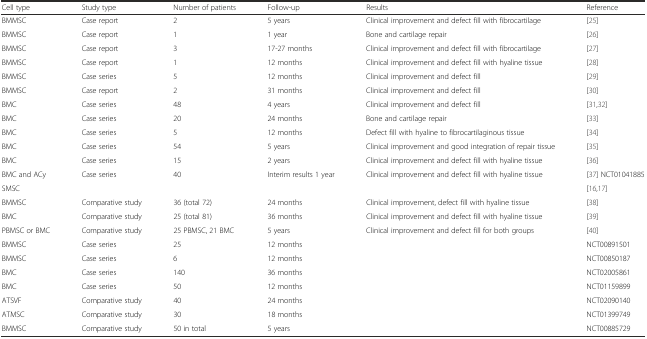
| Cell type | Study type | Number of patients | Follow-up | Results | Reference |
 | --- | --- | --- | --- | --- | --- |
 | BMMSC | Case report | 2 | 5 years | Clinical improvement and defect fill with fibrocartilage | [25] |
 | BMMSC | Case report | 1 | 1 year | Bone and cartilage repair | [26] |
 | BMMSC | Case report | 3 | 17-27 months | Clinical improvement and defect fill with fibrocartilage | [27] |
 | BMMSC | Case report | 1 | 12 months | Clinical improvement and defect fill with hyaline tissue | [28] |
 | BMMSC | Case series | 5 | 12 months | Clinical improvement and defect fill | [29] |
 | BMMSC | Case report | 2 | 31 months | Clinical improvement and defect fill | [30] |
 | BMC | Case series | 48 | 4 years | Clinical improvement and defect fill | [31,32] |
 | BMC | Case series | 20 | 24 months | Bone and cartilage repair | [33] |
 | BMC | Case series | 5 | 12 months | Defect fill with hyaline to fibrocartilaginous tissue | [34] |
 | BMC | Case series | 54 | 5 years | Clinical improvement and good integration of repair tissue | [35] |
 | BMC | Case series | 15 | 2 years | Clinical improvement and defect fill with hyaline tissue | [36] |
 | BMC and ACy | Case series | 40 | Interim results 1 year | Clinical improvement and defect fill with hyaline tissue | [37] NCT01041885 |
 | SMSC | <COLSPAN=3>  |  | [16,17] |
 | BMMSC | Comparative study | 36 (total 72) | 24 months | Clinical improvement, defect fill with hyaline tissue | [38] |
 | BMC | Comparative study | 25 (total 81) | 36 months | Clinical improvement and defect fill with hyaline tissue | [39] |
 | PBMSC or BMC | Comparative study | 25 PBMSC, 21 BMC | 5 years | Clinical improvement and defect fill for both groups | [40] |
 | BMMSC | Case series | 25 | 12 months |  | NCT00891501 |
 | BMMSC | Case series | 6 | 12 months |  | NCT00850187 |
 | BMC | Case series | 140 | 36 months |  | NCT02005861 |
 | BMC | Case series | 50 | 12 months |  | NCT01159899 |
 | ATSVF | Comparative study | 40 | 24 months |  | NCT02090140 |
 | ATMSC | Comparative study | 30 | 18 months |  | NCT01399749 |
 | BMMSC | Comparative study | 50 in total | 5 years |  | NCT00885729 |